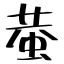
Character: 蛬